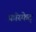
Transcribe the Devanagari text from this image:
फ़ॉस्फेट्